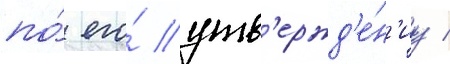
по́ его́ утв'ержд'е́н'иу /